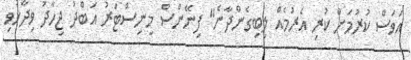
އަވަސް ކުރުމަށް ކުރި އެރުމެއް ލިބިގެންދާނެ" ފިނޭންސް މިނިސްޓަރު އަބްދު ޖިހާދު ވިދާޅުވި